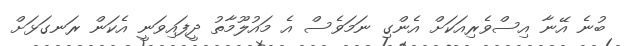
ބުނެ އޭނާ އިސްވެރިއަކަށް އެންގި ނަމަވެސް އެ މައުލޫމާތު ދީފައިވަނީ އެކަން ރަނގަޅަށް